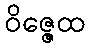
ဝိဇ္ဇေထ